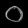
Digit: ၀